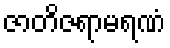
ဇာတိဇရာမရဏံ